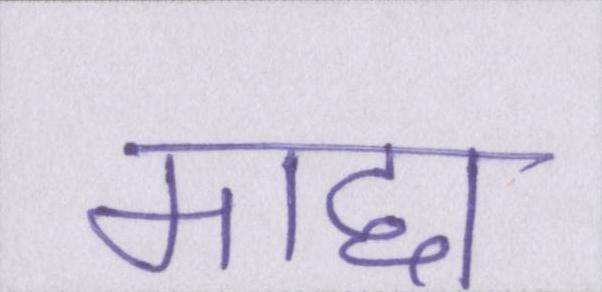
माद्दा